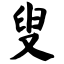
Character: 叟